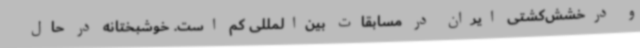
و درخشش‌کشتی ایران در مسابقات بین‌المللی کم است. خوشبختانه در حال